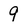
Character: 9